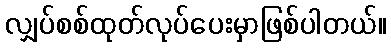
လျှပ်စစ်ထုတ်လုပ်ပေးမှာဖြစ်ပါတယ်။